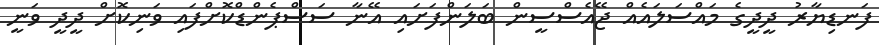
ފަނޑިޔާރު ދީދީގެ މައްސަލައެއް ޖޭއެސްސީން ބަލަންފަށައި އޭނާ ސަސްޕެންޑްކޮށްފައި ވަނިކޮށް ދީދީ ވަނީ